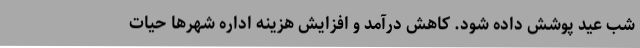
شب عید پوشش داده شود. کاهش درآمد و افزایش هزینه اداره شهرها حیات